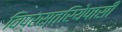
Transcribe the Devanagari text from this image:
विप्रस्त्रियेपासी